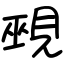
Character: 覡